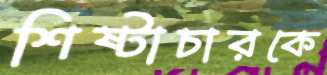
শিষ্টাচারকে